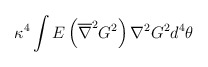
\begin{align*}\kappa^4 \int E \left(\overline{\nabla}^2 G^2 \right) \nabla^2 G^2 d^4\theta\end{align*}